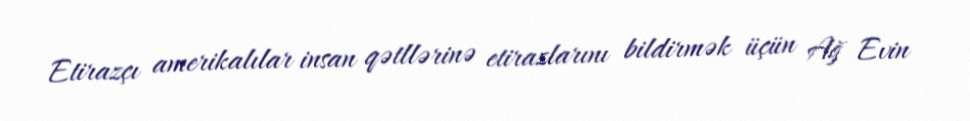
Etirazçı amerikalılar insan qətllərinə etirazlarını bildirmək üçün Ağ Evin